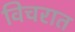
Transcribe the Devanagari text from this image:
विचरात